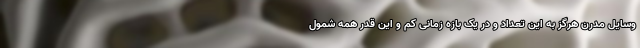
وسایل مدرن هرگز به این تعداد و در یک بازه زمانی کم و این قدر همه شمول